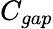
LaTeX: C_{gap}